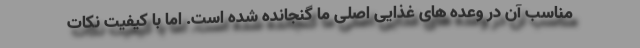
مناسب آن در وعده های غذایی اصلی ما گنجانده شده است. اما با کیفیت نکات